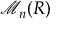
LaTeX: { \mathcal { M } } _ { n } ( R )